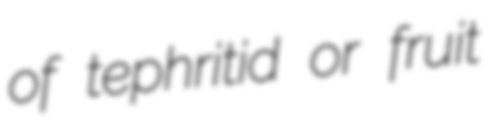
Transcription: of tephritid or fruit